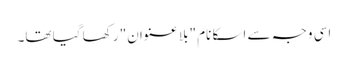
اسی وجہ سے اسکا نام "بلا عنوان" رکھا گیا تھا۔